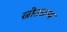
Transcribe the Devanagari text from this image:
स्रोतग्रन्थ